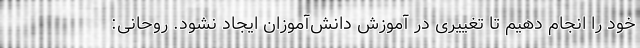
خود را انجام دهیم تا تغییری در آموزش دانش‌آموزان ایجاد نشود. روحانی: